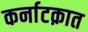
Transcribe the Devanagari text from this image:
कर्नाटक़ात